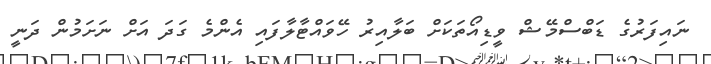
ނައިފަރުގެ ޑަބްސްމޭޝް ވީޑިއޯތަކަށް ބަލާއިރު ހޭވައްޓާލާފައި އެންމެ ގަދަ އަށް ނަށަމުން ދަނީ